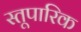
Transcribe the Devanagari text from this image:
स्तूपारिक